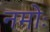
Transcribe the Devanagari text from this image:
नमोः